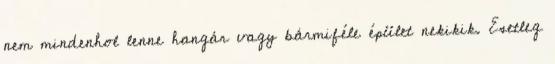
nem mindenhol lenne hangár vagy bármiféle épület nekikik. Esetleg